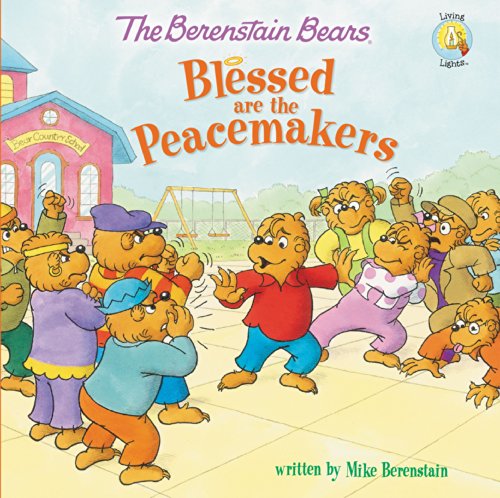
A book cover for The Berenstain Bears Blessed are the Peacemakers (Berenstain Bears/Living Lights); Mike Berenstain; Christian Books & Bibles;